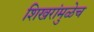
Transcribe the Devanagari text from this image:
शिखरांमुळेच